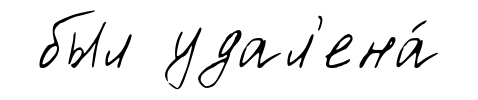
был удал'ена́